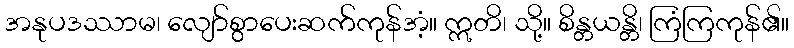
အနုပဒဿာမ၊ လျော်စွာပေးဆက်ကုန်အံ့။ ဣတိ၊ သို့။ စိန္တယန္တိ၊ ကြံကြကုန်၏။